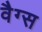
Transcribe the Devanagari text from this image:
वैग्स